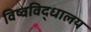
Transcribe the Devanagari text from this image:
विष्वविद्धालय